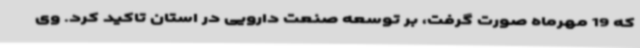
که 19 مهرماه صورت گرفت، بر توسعه صنعت دارویی در استان تاکید کرد. وی